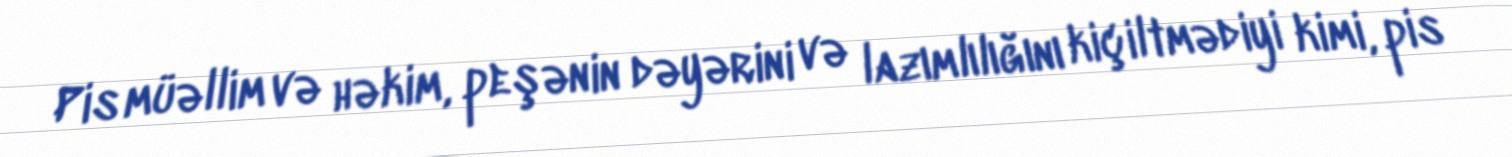
Pis müəllim və həkim, peşənin dəyərini və lazımlılığını kiçiltmədiyi kimi, pis